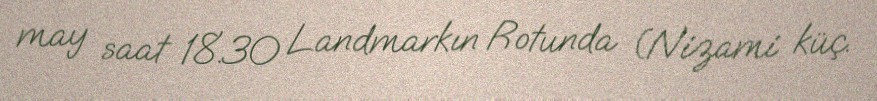
may saat 18.30 Landmarkın Rotunda (Nizami küç.